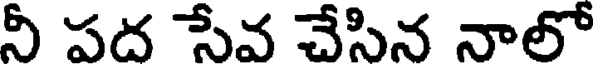
నీ పద సేవ చేసిన నాలో